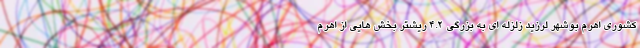
کشوری اهرم بوشهر لرزید زلزله ای به بزرگی ۴.۲ ریشتر بخش هایی از اهرم